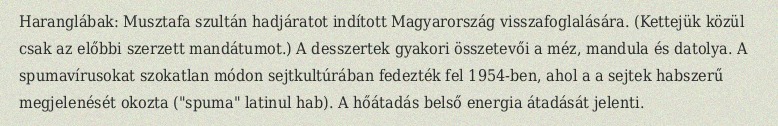
Haranglábak: Musztafa szultán hadjáratot indított Magyarország visszafoglalására. (Kettejük közül csak az előbbi szerzett mandátumot.) A desszertek gyakori összetevői a méz, mandula és datolya. A spumavírusokat szokatlan módon sejtkultúrában fedezték fel 1954-ben, ahol a a sejtek habszerű megjelenését okozta ("spuma" latinul hab). A hőátadás belső energia átadását jelenti.